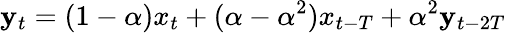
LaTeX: \mathbf{y}_{t}=(1-\alpha)x_{t}+(\alpha-\alpha^{2})x_{t-T}+\alpha^{2}\mathbf{y}_{t-2T}